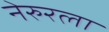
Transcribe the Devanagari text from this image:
नेरुरला